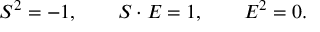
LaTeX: { \cal S } ^ { 2 } = - 1 , \qquad { \cal S } \cdot { \cal E } = 1 , \qquad { \cal E } ^ { 2 } = 0 .